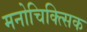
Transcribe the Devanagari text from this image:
मनोचिक्त्सिक